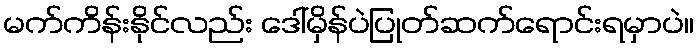
မက်ကိန်းနိုင်လည်း ဒေါ်မှိန်ပဲပြုတ်ဆက်ရောင်းရမှာပဲ။